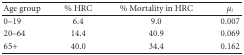
<table><thead><tr><td><b> Age group</b></td><td><b> % HRC</b></td><td><b> % Mortality in HRC</b></td><td><b><i>μ</i><sub><i>i</i></sub></b></td></tr></thead><tbody><tr><td> 0–19</td><td> 6.4</td><td> 9.0</td><td> 0.007</td></tr><tr><td>20–64</td><td> 14.4</td><td> 40.9</td><td> 0.069</td></tr><tr><td>65+</td><td> 40.0</td><td> 34.4</td><td> 0.162</td></tr></tbody></table>